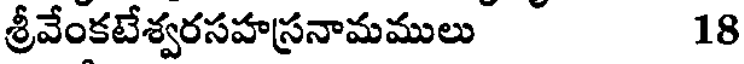
శ్రీవేంకటేశ్వరసహస్రనామములు 18